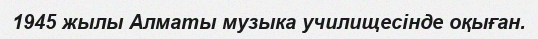
1945 жылы Алматы музыка училищесінде оқыған.